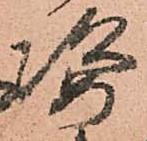
姿